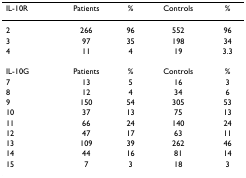
<table><thead><tr><td><b>IL-10R</b></td><td><b>Patients</b></td><td><b>%</b></td><td><b>Controls</b></td><td><b>%</b></td></tr></thead><tbody><tr><td>2</td><td>266</td><td>96</td><td>552</td><td>96</td></tr><tr><td>3</td><td>97</td><td>35</td><td>198</td><td>34</td></tr><tr><td>4</td><td>11</td><td>4</td><td>19</td><td>3.3</td></tr><tr><td>IL-10G</td><td>Patients</td><td>%</td><td>Controls</td><td>%</td></tr><tr><td>7</td><td>13</td><td>5</td><td>16</td><td>3</td></tr><tr><td>8</td><td>12</td><td>4</td><td>34</td><td>6</td></tr><tr><td>9</td><td>150</td><td>54</td><td>305</td><td>53</td></tr><tr><td>10</td><td>37</td><td>13</td><td>75</td><td>13</td></tr><tr><td>11</td><td>66</td><td>24</td><td>140</td><td>24</td></tr><tr><td>12</td><td>47</td><td>17</td><td>63</td><td>11</td></tr><tr><td>13</td><td>109</td><td>39</td><td>262</td><td>46</td></tr><tr><td>14</td><td>44</td><td>16</td><td>81</td><td>14</td></tr><tr><td>15</td><td>7</td><td>3</td><td>18</td><td>3</td></tr></tbody></table>